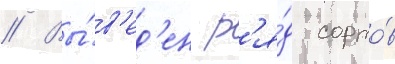
// Вы́в'ед'ен р'я́д сорто́в